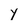
Character: y